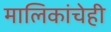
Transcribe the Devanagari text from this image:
मालिकांचेही